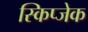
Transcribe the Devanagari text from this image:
स्किप्जेक